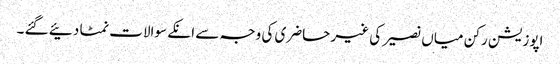
اپوزیشن رکن میاں نصیر کی غیر حاضری کی وجہ سے انکے سوالات نمٹا دئیے گئے ۔